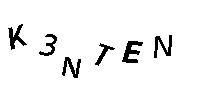
K3NTEN